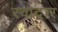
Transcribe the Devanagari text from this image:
रवादार